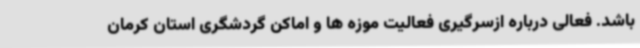
باشد. فعالی درباره ازسرگیری فعالیت موزه ها و اماکن گردشگری استان کرمان